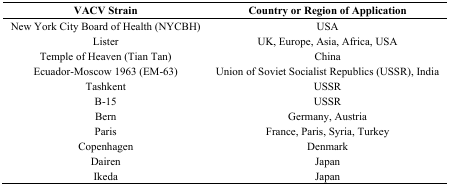
<table><thead><tr><td><b>VACV Strain</b></td><td><b>Country or Region of Application</b></td></tr></thead><tbody><tr><td>New York City Board of Health (NYCBH)</td><td>USA</td></tr><tr><td>Lister</td><td>UK, Europe, Asia, Africa, USA</td></tr><tr><td>Temple of Heaven (Tian Tan)</td><td>China</td></tr><tr><td>Ecuador-Moscow 1963 (EM-63)</td><td>Union of Soviet Socialist Republics (USSR), India</td></tr><tr><td>Tashkent</td><td>USSR</td></tr><tr><td>B-15</td><td>USSR</td></tr><tr><td>Bern</td><td>Germany, Austria</td></tr><tr><td>Paris</td><td>France, Paris, Syria, Turkey</td></tr><tr><td>Copenhagen</td><td>Denmark</td></tr><tr><td>Dairen</td><td>Japan</td></tr><tr><td>Ikeda</td><td>Japan</td></tr></tbody></table>